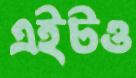
এইটও